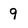
Character: 9